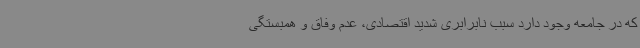
که در جامعه وجود دارد سبب نابرابری شدید اقتصادی، عدم وفاق و همبستگی